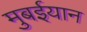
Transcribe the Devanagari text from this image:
मुबईयान